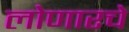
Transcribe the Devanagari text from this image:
लोणारचे